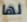
لها